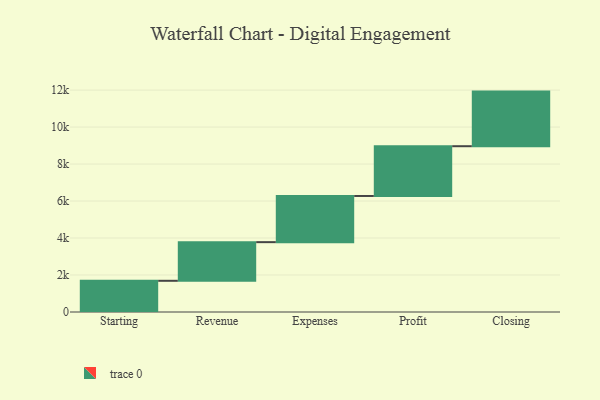
{"axis": {"x": "Step", "y": "Value"}, "legend": [""], "data": [{"x": "Starting", "y": 1687.0, "type": ""}, {"x": "Revenue", "y": 2090.0, "type": ""}, {"x": "Expenses", "y": 2497.0, "type": ""}, {"x": "Profit", "y": 2691.0, "type": ""}, {"x": "Closing", "y": 2953.0, "type": ""}]}